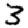
Digit: 3